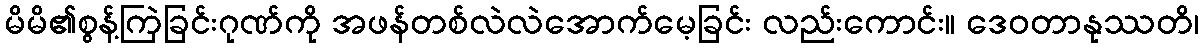
မိမိ၏စွန့်ကြဲခြင်းဂုဏ်ကို အဖန်တစ်လဲလဲအောက်မေ့ခြင်း လည်းကောင်း။ ဒေဝတာနုဿတိ၊